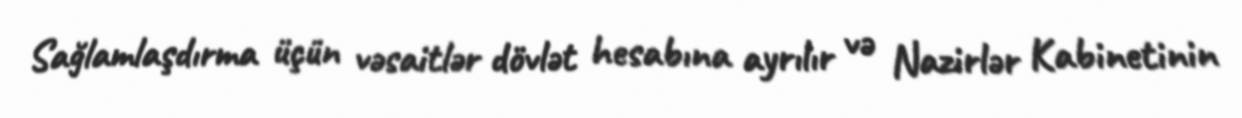
Sağlamlaşdırma üçün vəsaitlər dövlət hesabına ayrılır və Nazirlər Kabinetinin